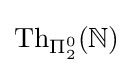
\mathrm {Th} _{\Pi _{2}^{0}}(\mathbb {N} )